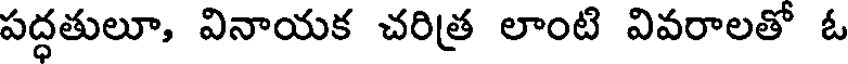
పద్ధతులూ, వినాయక చరిత్ర లాంటి వివరాలతో ఓ